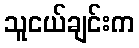
သူငယ်ချင်းက